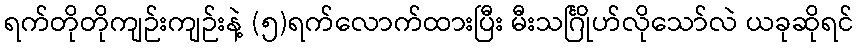
ရက်တိုတိုကျဉ်းကျဉ်းနဲ့ (၅)ရက်လောက်ထားပြီး မီးသင်္ဂြိုဟ်လိုသော်လဲ ယခုဆိုရင်